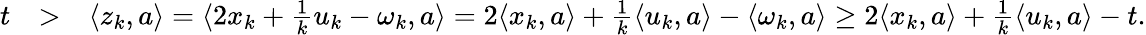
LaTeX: \begin{array}{rlr}{t}&{>}&{\langle z_{k},a\rangle=\langle 2x_{k}+\frac{1}{k}u_{k}-\omega_{k},a\rangle=2\langle x_{k},a\rangle+\frac{1}{k}\langle u_{k},a\rangle-\langle\omega_{k},a\rangle\geq 2\langle x_{k},a\rangle+\frac{1}{k}\langle u_{k},a\rangle-t.}\end{array}